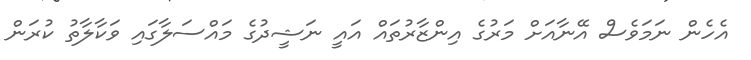
އެހެން ނަމަވެސް އޭނާއަށް މަރުގެ އިންޒާރުތައް އައީ ނަޝީދުގެ މައްސަލާގައި ވަކާލާތު ކުރަން